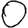
Digit: 0